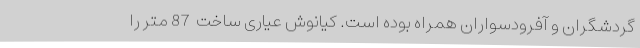
گردشگران و آفرودسواران همراه بوده است. کیانوش عیاری ساخت  87 متر را